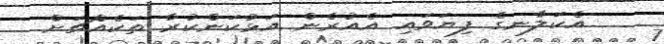
އެކަލާނގެ ފިޔަވައި އެއުރެން އަޅުކަންކުރާ ތަކެއްޗަށް